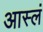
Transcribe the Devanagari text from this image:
आस्लं